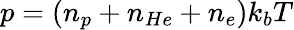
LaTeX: p=(n_{p}+n_{He}+n_{e})k_{b}T